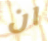
ان